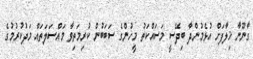
ގާނޫނާ ޚިލާފަށް އުޅެމުންދާ ބިދޭސީ މަސައްކަތު މީހުންގެ ސަބަބުން ކުރިމަތިވާ މައްސަލަތައް މަދުކުރުމުގެ